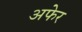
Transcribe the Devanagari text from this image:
अफेर